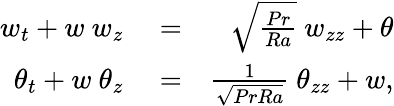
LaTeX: \begin{array}{rlr}{w_{t}+w\ w_{z}}&{{}=}&{\sqrt{\frac{Pr}{Ra}}\ w_{zz}+\theta}\\ {\theta_{t}+w\ \theta_{z}}&{{}=}&{\frac{1}{\sqrt{PrRa}}\ \theta_{zz}+w,}\end{array}